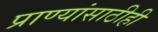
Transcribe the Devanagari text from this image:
प्राण्यांसाठीही